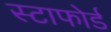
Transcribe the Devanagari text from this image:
स्टाफोर्ड